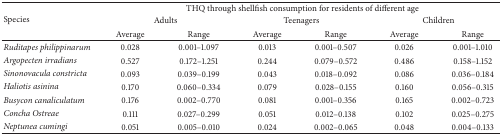
| <ROWSPAN=3> Species | <COLSPAN=6> THQ through shellfish consumption for residents of different age |
 | <COLSPAN=2> Adults | <COLSPAN=2> Teenagers | <COLSPAN=2> Children |
 | Average | Range | Average | Range | Average | Range |
 | --- | --- | --- | --- | --- | --- | --- |
 | Ruditapes philippinarum | 0.028 | 0.001–1.097 | 0.013 | 0.001–0.507 | 0.026 | 0.001–1.010 |
 | Argopecten irradians | 0.527 | 0.172–1.251 | 0.244 | 0.079–0.572 | 0.486 | 0.158–1.152 |
 | Sinonovacula constricta | 0.093 | 0.039–0.199 | 0.043 | 0.018–0.092 | 0.086 | 0.036–0.184 |
 | Haliotis asinina | 0.170 | 0.060–0.334 | 0.079 | 0.028–0.155 | 0.160 | 0.056–0.315 |
 | Busycon canaliculatum | 0.176 | 0.002–0.770 | 0.081 | 0.001–0.356 | 0.165 | 0.002–0.723 |
 | Concha Ostreae | 0.111 | 0.027–0.299 | 0.051 | 0.012–0.138 | 0.102 | 0.025–0.275 |
 | Neptunea cumingi | 0.051 | 0.005–0.010 | 0.024 | 0.002–0.065 | 0.048 | 0.004–0.133 |